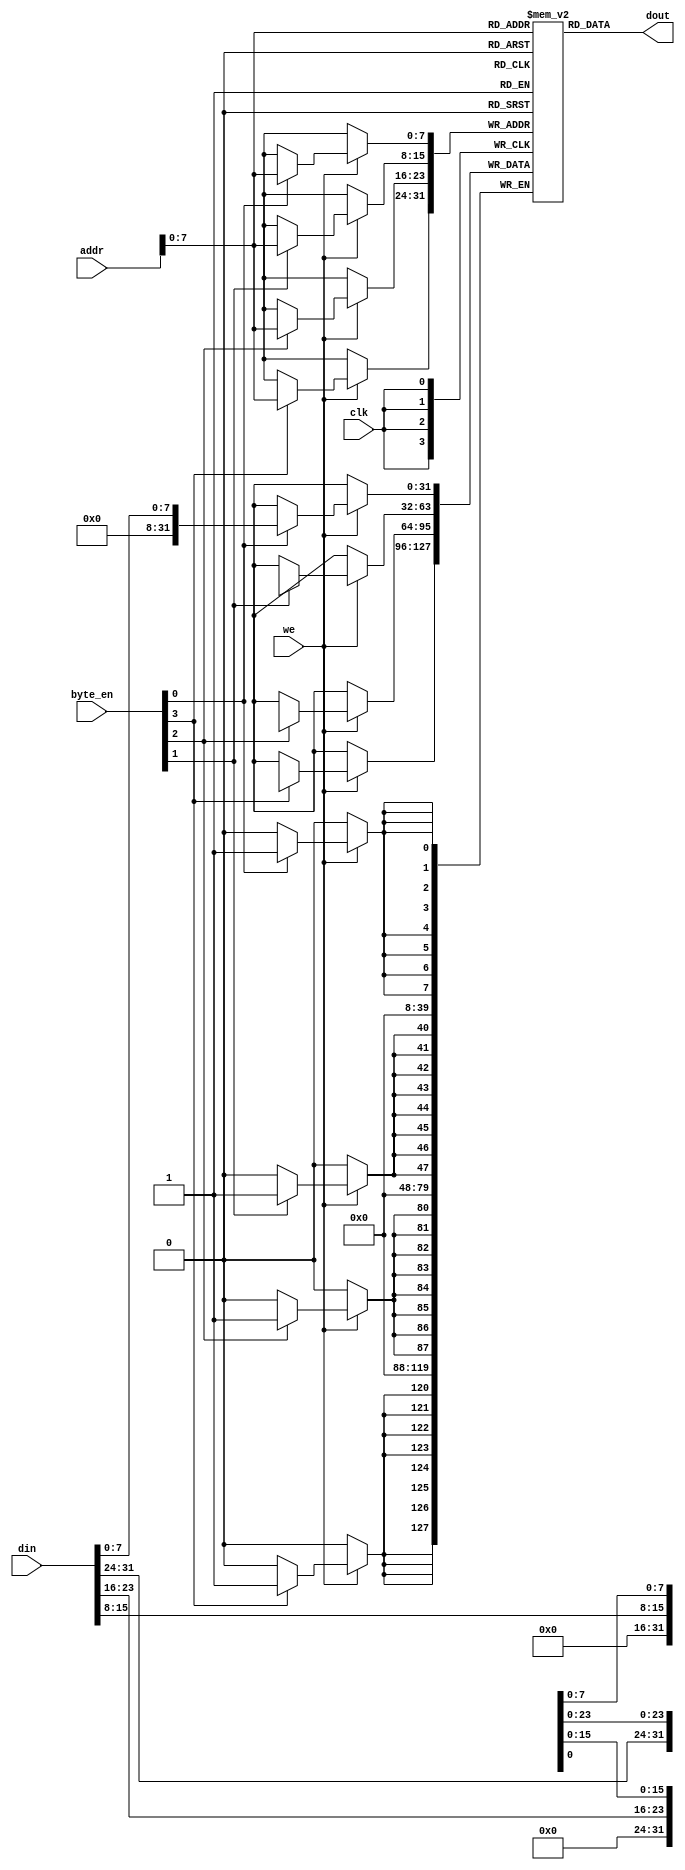
module io_blocks_cache_sram #(
    parameter WORD_SIZE = 32,      // Size of each word in bits
    parameter NUM_WORDS = 256       // Number of words in the cache
) (
    input wire clk,                 // Clock signal
    input wire we,                  // Write enable signal
    input wire [NUM_WORDS-1:0] addr, // Address input
    input wire [WORD_SIZE-1:0] din, // Data input
    input wire [WORD_SIZE/8-1:0] byte_en, // Byte enable signals
    output reg [WORD_SIZE-1:0] dout // Data output
);

    // Memory array declaration
    reg [WORD_SIZE-1:0] memory [0:NUM_WORDS-1];

    // Asynchronous read and write operations
    always @(posedge clk) begin
        if (we) begin
            // Write operation with byte enables
            if (byte_en[0]) memory[addr][7:0]   <= din[7:0];
            if (byte_en[1]) memory[addr][15:8]  <= din[15:8];
            if (byte_en[2]) memory[addr][23:16] <= din[23:16];
            if (byte_en[3]) memory[addr][31:24] <= din[31:24];
        end
    end

    // Asynchronous read operation
    always @(*) begin
        dout = memory[addr]; // Read data from memory
    end

endmodule